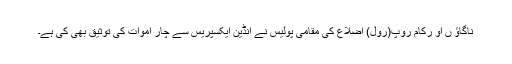
ناگاؤ ں او رکام روپ(رول) اضلاع کی مقامی پولیس نے انڈین ایکسپریس سے چار اموات کی توثیق بھی کی ہے۔